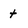
Character: t